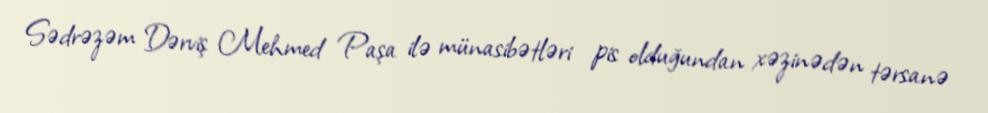
Sədrəzəm Dərviş Mehmed Paşa ilə münasibətləri pis olduğundan xəzinədən tərsanə